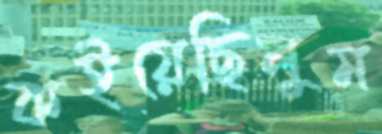
কইয়েছিলুম